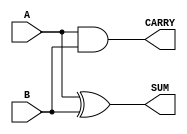
module Param_Half_Adder #(
    parameter WIDTH = 1  // Parameter defining the bit-width of inputs and outputs
) (
    input  [WIDTH-1:0] A,    // Input A
    input  [WIDTH-1:0] B,    // Input B
    output [WIDTH-1:0] SUM,   // Output SUM
    output CARRY              // Output CARRY
);

    // Compute the SUM using XOR operation
    assign SUM = A ^ B;        // SUM is the bitwise XOR of A and B

    // Compute the CARRY using AND operation
    assign CARRY = A & B;      // CARRY is the bitwise AND of A and B

endmodule